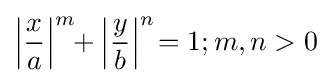
\left|{\frac {x}{a}}\right|^{m}\!\!+\left|{\frac {y}{b}}\right|^{n}\!=1;m,n>0